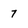
Character: 7